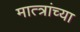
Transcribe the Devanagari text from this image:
मात्त्रांच्या